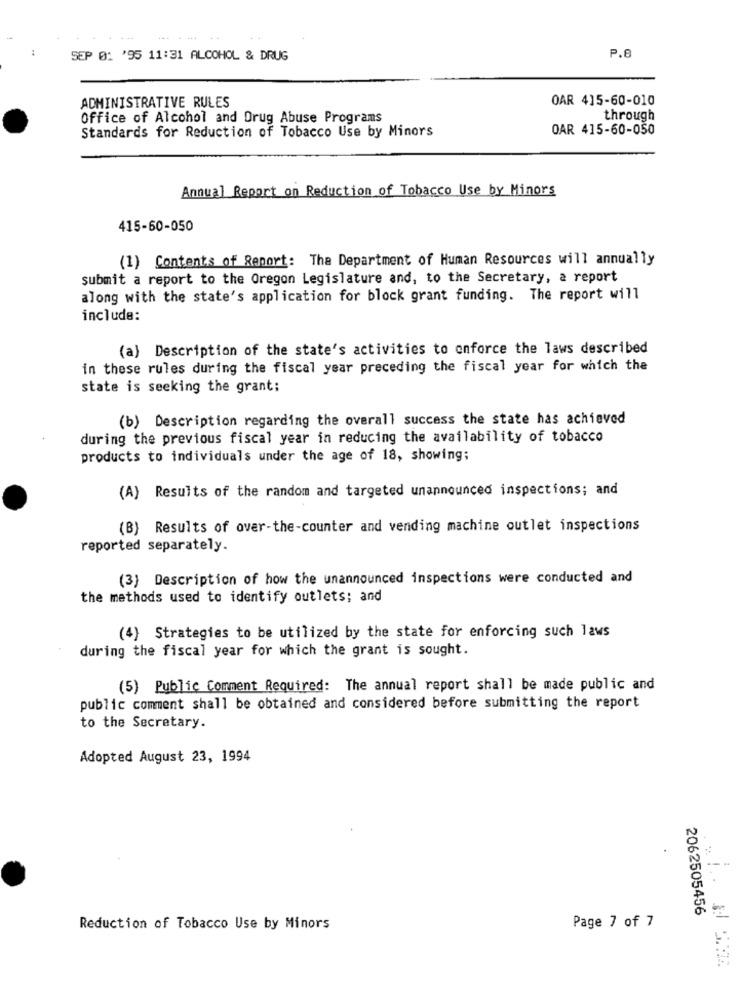
SEP 0: '95 11:31 ALCOHOL & DRUG
P.8
OAR 415-60-010
ADMINISTRATIVE RULES
Office of Alcohol and Drug Abuse Programs
through
Standards for Reduction of Tobacco Use by Minors
OAR 415-60-050
Annual Report on Reduction of Tobacco Use by Minors
415-60-050
(1) Contents of Report: The Department of Human Resources will annually
submit a report to the Oregon Legislature and, to the Secretary, a report
along with the state's application for block grant funding. The report will
include:
(a) Description of the state's activities to enforce the laws described
in these rules during the fiscal year preceding the fiscal year for which the
state is seeking the grant;
(b) Description regarding the overall success the state has achieved
during the previous fiscal year in reducing the availability of tobacco
products to individuals under the age of 18, showing;
(A) Results of the random and targeted unannounced inspections; and
(B) Results of over-the-counter and vending machine outlet inspections
reported separately.
(3) Description of how the unannounced inspections were conducted and
the methods used to identify outlets; and
(4) Strategies to be utilized by the state for enforcing such laws
during the fiscal year for which the grant is sought.
(5) Public Comment Required: The annual report shall be made public and
public comment shall be obtained and considered before submitting the report
to the Secretary.
Adopted August 23, 1994
2062505456
Reduction of Tobacco Use by Minors
Page 7 of 7